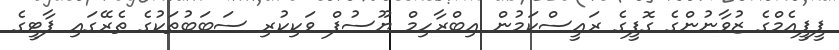
ޕީޕީއެމްގެ ޒުވާނުންގެ ގޮފީގެ ރައީސްކަމުން އިބްރާހިމް ޔޫސުފް ވަކިކުރި ސަބަބުތަކުގެ ތެރޭގައި ޕާޓީގެ